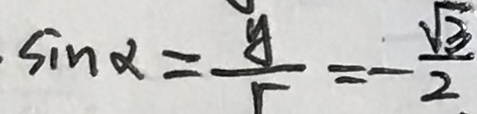
\sin \alpha = \frac { y } { r } = - \frac { \sqrt { 3 } } { 2 }